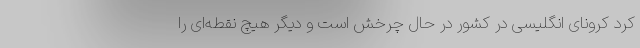
کرد کرونای انگلیسی در کشور در حال چرخش است و دیگر هیچ نقطه‌ای را